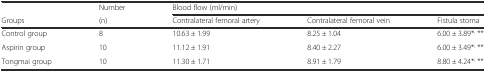
<table><thead><tr><td></td><td><b>Number</b></td><td colspan="3"><b>Blood flow (ml/min)</b></td></tr><tr><td><b>Groups</b></td><td><b>(n)</b></td><td><b>Contralateral femoral artery</b></td><td><b>Contralateral femoral vein</b></td><td><b>Fistula stoma</b></td></tr></thead><tbody><tr><td>Control group</td><td>8</td><td>10.63 ± 1.99</td><td>8.25 ± 1.04</td><td>6.00 ± 3.89*<sup>,</sup> **</td></tr><tr><td>Aspirin group</td><td>10</td><td>11.12 ± 1.91</td><td>8.40 ± 2.27</td><td>6.00 ± 3.49*<sup>,</sup> **</td></tr><tr><td>Tongmai group</td><td>10</td><td>11.30 ± 1.71</td><td>8.91 ± 1.79</td><td>8.80 ± 4.24*<sup>,</sup> **</td></tr></tbody></table>